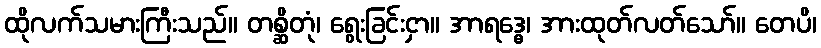
ထိုလက်သမားကြီးသည်။ တစ္ဆိတုံ၊ ရွေးခြင်းငှာ။ အာရဒ္ဓေ၊ အားထုတ်လတ်သော်။ တေပိ၊